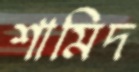
শামিদ